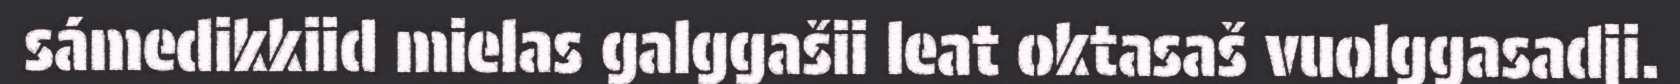
sámedikkiid mielas galggašii leat oktasaš vuolggasadji.